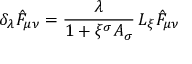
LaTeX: \delta _ { \lambda } \hat { F } _ { \mu \nu } = \frac { \lambda } { 1 + \xi ^ { \sigma } A _ { \sigma } } \, { \cal L } _ { \xi } \hat { F } _ { \mu \nu }